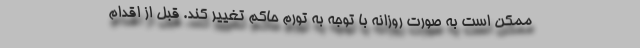
ممکن است به صورت روزانه با توجه به تورم حاکم تغییر کند. قبل از اقدام